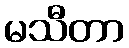
မသီတာ